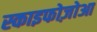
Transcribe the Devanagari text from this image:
स्काइफोज़ोआ